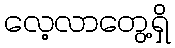
လေ့လာတွေ့ရှိ